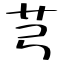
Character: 芎